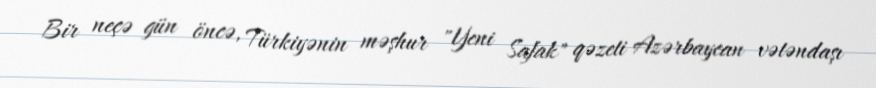
Bir neçə gün öncə, Türkiyənin məşhur "Yeni Safak" qəzeti Azərbaycan vətəndaşı